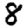
Digit: 8